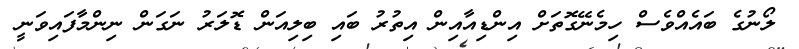
ލޯނުގެ ބައެއްވެސް ހިމެނޭގޮތަށް އިންޑިއާއިން އިތުރު ބައި ބިލިއަން ޑޮލަރު ނަގަން ނިންމާފައިވަނީ